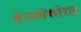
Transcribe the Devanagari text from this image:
बेरल्गेकोरल